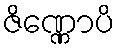
ဇိဏ္ဏောပိ